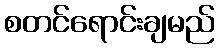
စတင်ရောင်းချမည်